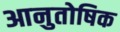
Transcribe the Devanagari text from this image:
आनुतोषिक